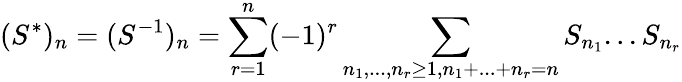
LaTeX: (S^{*})_{n}=(S^{-1})_{n}=\sum_{r=1}^{n}(-1)^{r}\sum_{n_{1},...,n_{r}\geq 1,n_{1}+...+n_{r}=n}S_{n_{1}}...S_{n_{r}}